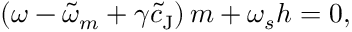
\left( \omega - \tilde { \omega } _ { m } + \gamma \tilde { c } _ { \mathrm { J } } \right) m + \omega _ { s } h = 0 ,